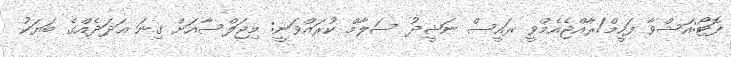
ފޮޓޯ:އަޝްވާ ފަހީމް/ރާއްޖެއެމްވީ ރައީސް ނަޝީދު ސަލާމް ކުރައްވަނީ: މިޖަލްސާއަށް ގިނަ ޢަދަދެއްގެ ބަޔަކު